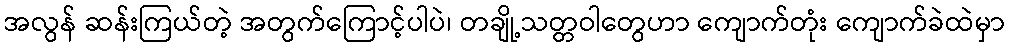
အလွန် ဆန်းကြယ်တဲ့ အတွက်ကြောင့်ပါပဲ၊ တချို့သတ္တဝါတွေဟာ ကျောက်တုံး ကျောက်ခဲထဲမှာ